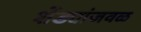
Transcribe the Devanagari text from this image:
शेंड्यांजवळ